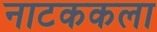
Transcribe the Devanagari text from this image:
नाटककला